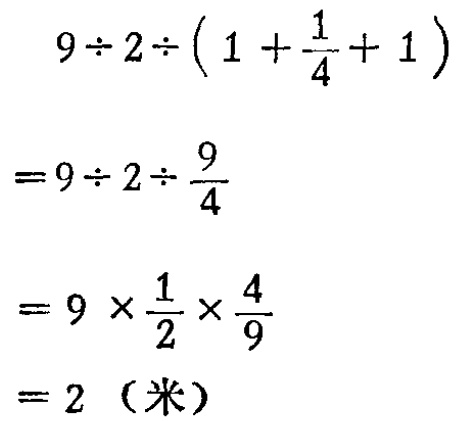
\[

\begin{align*}

&9\div2\div(1 + \frac{1}{4}+ 1)\\

=&9\div2\div\frac{9}{4}\\

=&9\times\frac{1}{2}\times\frac{4}{9}\\

=&2 \text{（米）}

\end{align*}

\]